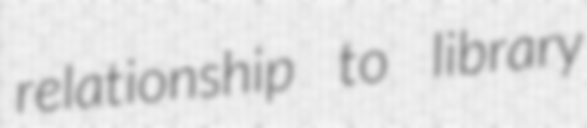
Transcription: relationship to library